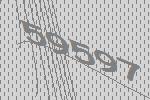
59597